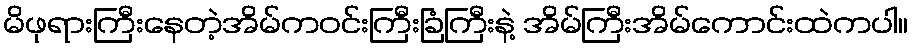
မိဖုရားကြီးနေတဲ့အိမ်ကဝင်းကြီးခြံကြီးနဲ့ အိမ်ကြီးအိမ်ကောင်းထဲကပါ။